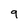
Character: 9